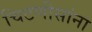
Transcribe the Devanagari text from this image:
चिटणीसांना